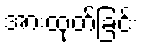
အားထုတ်ခြင်း